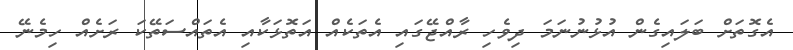
އެގޮތަަށް ބަލައިގެން އުޅުނުނަމަ ދިވެހި ރާއްޖޭގައި އެތަކެއް އަތޮޅަކާއި އެތައްސަތޭކަ ރަށެއް ހިމެނޭ